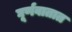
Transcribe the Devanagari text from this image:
घूर्णवातात